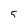
Character: 5